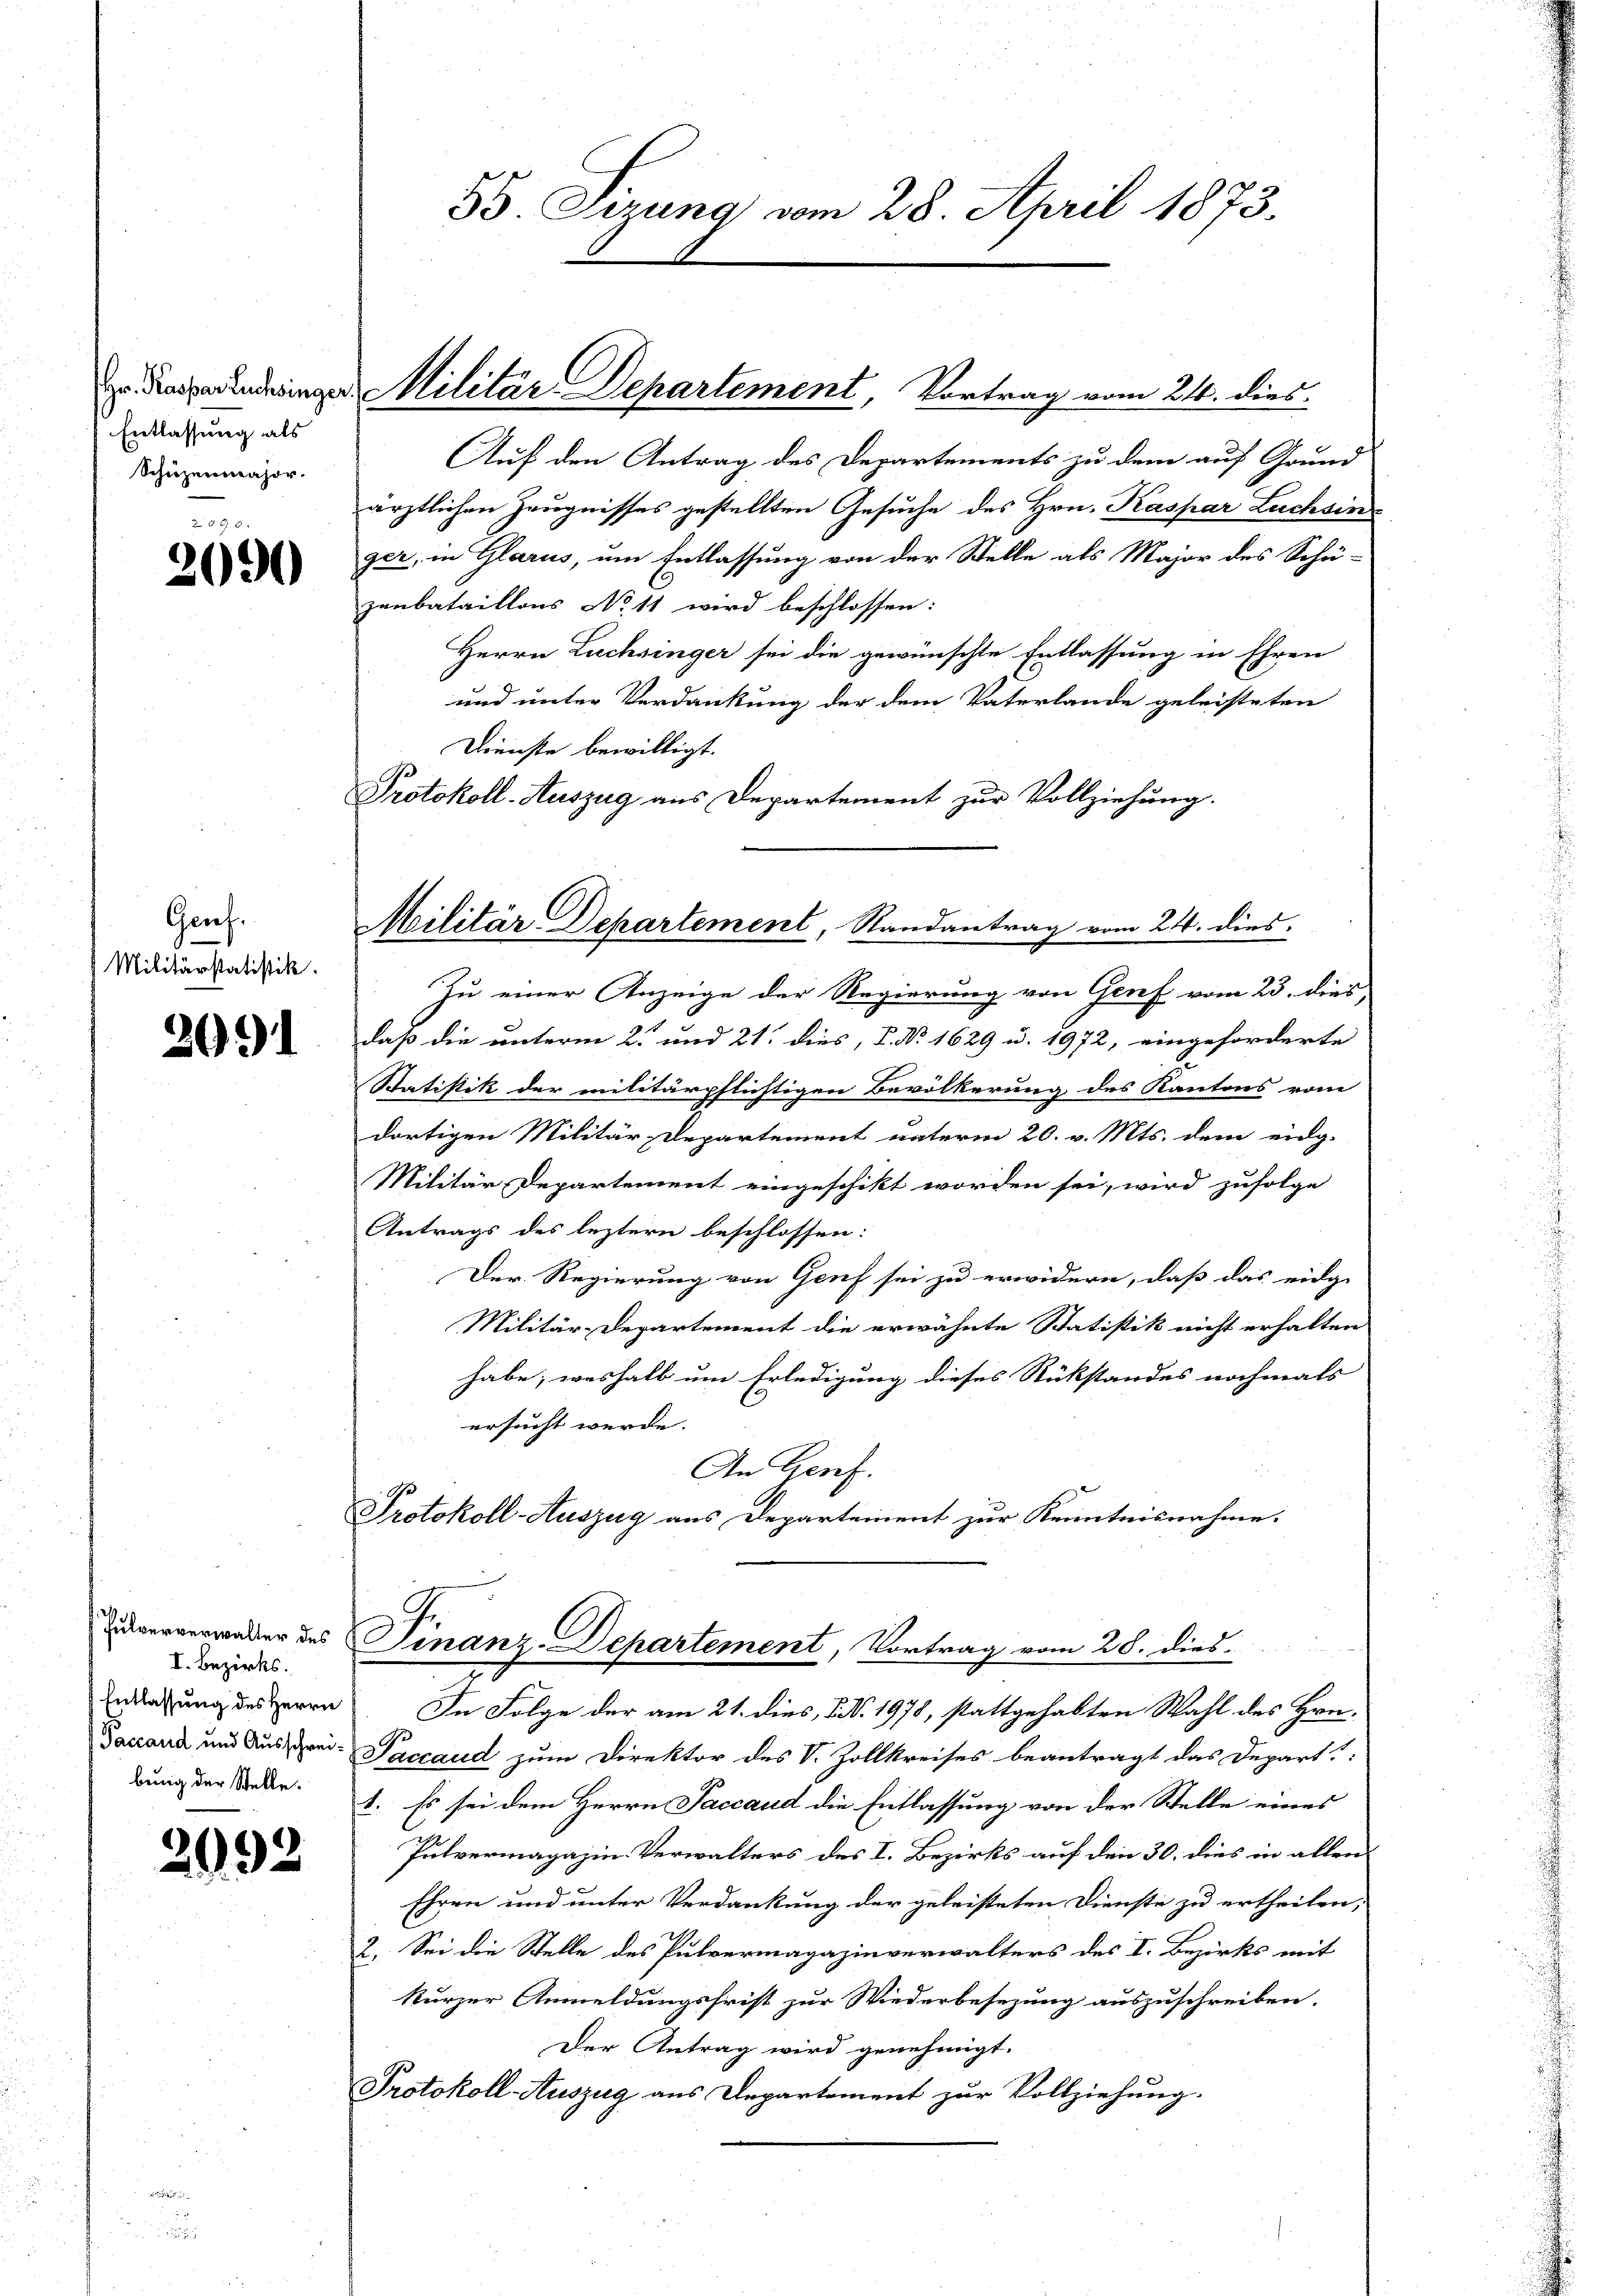
Entlassung als
Schüzenmajor.

2690

Genf.
Militärstatistik.

2091

I. Bezirks.
Entlassung des Herrn
bung der Stelle.

992

Feindringen Militar Departement, Vortrag vom 21. dies

Militär-Departement, Randantrag vom 24. dies

Auf den Antrag des Departements zu dem auf Grund
ärztlichen Zeugnisses gestellten Gesuche des Hrn. Kaspar Lachsin
ger, in Glarus, um Entlassung von der Stelle als Major des Schü-
zenbataillons No 11 wird beschlossen:
Herrn Lachsinger sei die gewünschte Entlassung in Ehren
und unter Verdankung der dem Vaterlande geleisteten
Dienste bewilligt.
Protokoll-Auszug aus Departement zur Vollziehung.

55. Sizung vom 28. April 1873.

Zu einer Anzeige der Regierung von Genf vom 23. dies,
daß die unterm 2. und 21. dies, P. No 1629 u. 1972, eingeforderte
Statistik der militärpflichtigen Bevölkerung des Kantons vom
dortigen Militär-Departement unterm 20. v. Mts. dem eidg.
Militär Departement eingeschikt worden sei, wird zufolge
Antrags des leztern beschlossen:
Der Regierung von Genf sei zu erwidern, daß das eidge
Militär-Departement die erwähnte Statistik nicht erhalten
habe; weshalb um Erledigung dieses Rükstandes nochmals
ersucht werde.
An Genf.
Protokoll-Auszug aus Departement zur Kenntnisnahme.

ververwader des Finanz-Departement, Vortrag vom 28. dies

In Folge der am 21. dies, P. N. 1978, stattgehabten Wahl des Hrn.
9
Dauand und Aus drei Jaccaud zum Direktor des V. Zollkreises beantragt das Depart
1. Es sei dem Herrn Saccaud die Entlassung von der Stelle eines
Pulvermagazin Verwalters des I. Bezirks auf den 30. dies in allen
Ehren und unter Verdankung der geleisteten Dienste zu ertheilen;
2. Sei die Stelle des Pulvermagazinverwalters des I. Bezirks mit
kurzer Anmeldungsfrist zur Wiederbesezung auszuschreiben.
Der Antrag wird genehmigt.
Protokoll-Auszug aus Departement zur Vollziehung.